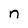
Character: n